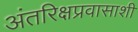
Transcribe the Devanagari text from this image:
अंतरिक्षप्रवासाशी